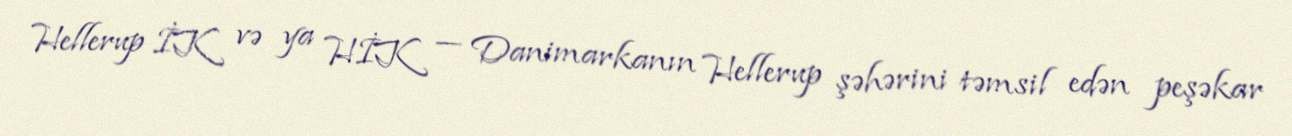
Hellerup İK və ya HİK — Danimarkanın Hellerup şəhərini təmsil edən peşəkar